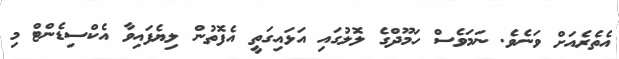
އެތެރެއަށް ވަނެވެ. ނަމަވެސް ހަމޫދްގެ ލޮލުގައި އަޅައިގަތީ އެފޮތުން ލިޔެފައިވާ އެކްސިޑެންޓް މި